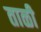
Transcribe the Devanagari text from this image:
ताळी